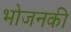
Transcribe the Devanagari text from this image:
भोजनकी